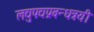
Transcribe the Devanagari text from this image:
लद्युपद्यप्रबन्धत्रयी